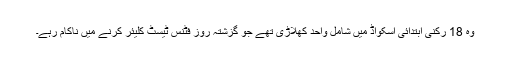
وہ 18 رکنی ابتدائی اسکواڈ میں شامل واحد کھلاڑی تھے جو گزشتہ روز فٹنس ٹیسٹ کلیئر کرنے میں ناکام رہے۔